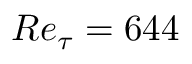
R e _ { \tau } = 6 4 4